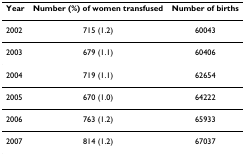
<table><thead><tr><td><b>Year</b></td><td><b>Number (%) of women transfused</b></td><td><b>Number of births</b></td></tr></thead><tbody><tr><td>2002</td><td>715 (1.2)</td><td>60043</td></tr><tr><td>2003</td><td>679 (1.1)</td><td>60406</td></tr><tr><td>2004</td><td>719 (1.1)</td><td>62654</td></tr><tr><td>2005</td><td>670 (1.0)</td><td>64222</td></tr><tr><td>2006</td><td>763 (1.2)</td><td>65933</td></tr><tr><td>2007</td><td>814 (1.2)</td><td>67037</td></tr></tbody></table>